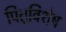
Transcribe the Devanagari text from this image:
पितृविशेष